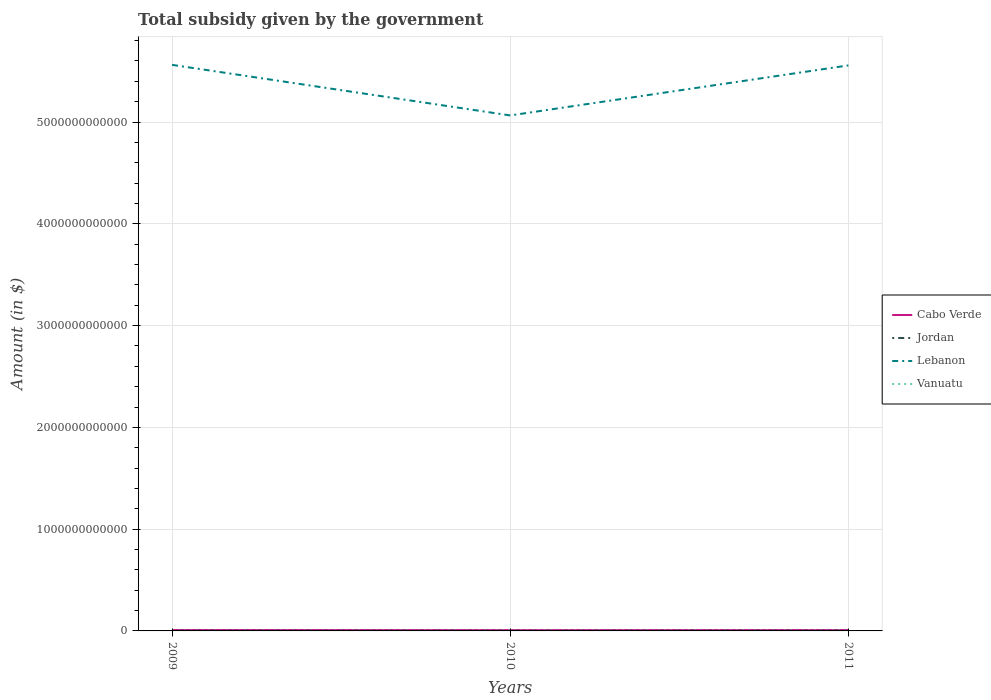
| Years | Cabo Verde | Jordan | Lebanon | Vanuatu |
 | --- | --- | --- | --- | --- |
 | 2009 | 9.11e+09 | 1.52e+09 | 5.56e+12 | 1.59e+09 |
 | 2010 | 8.2e+09 | 1.36e+09 | 5.06e+12 | 1.92e+09 |
 | 2011 | 8.55e+09 | 2.15e+09 | 5.56e+12 | 2.24e+09 |